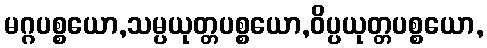
မဂ္ဂပစ္စယော,သမ္ပယုတ္တပစ္စယော,ဝိပ္ပယုတ္တပစ္စယော,